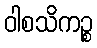
ဝါစသိကဉ္စ